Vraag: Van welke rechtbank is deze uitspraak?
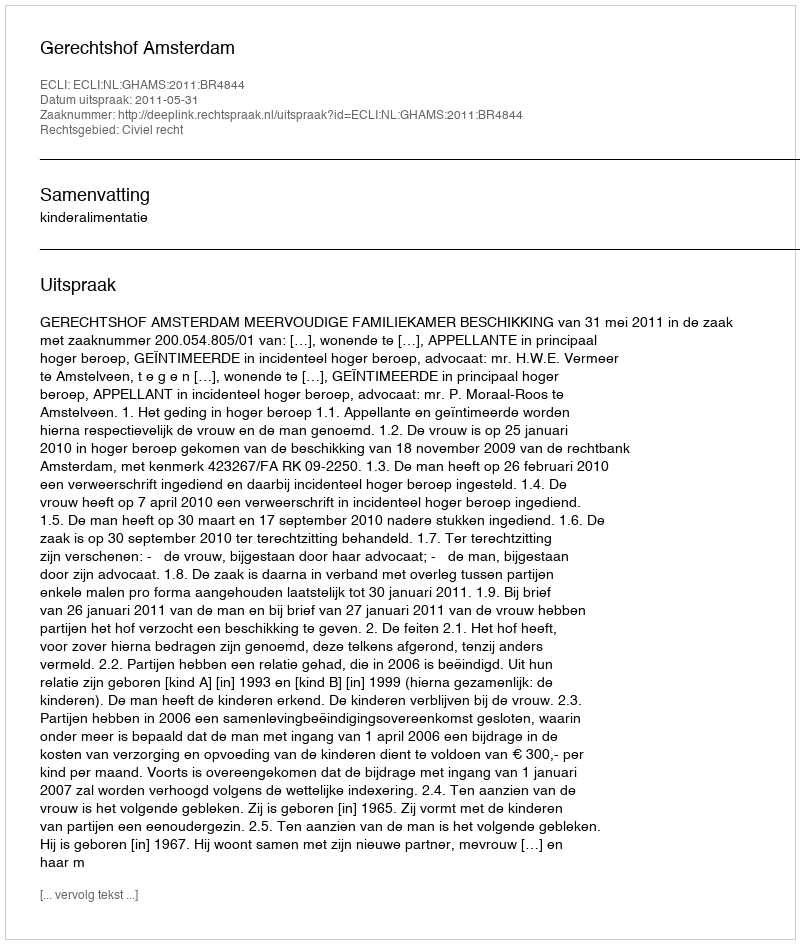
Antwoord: Gerechtshof Amsterdam